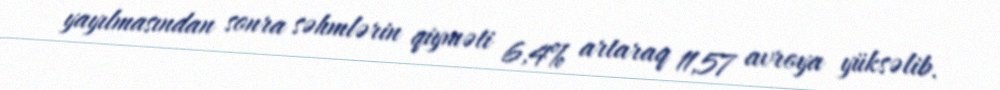
yayılmasından sonra səhmlərin qiyməti 6,4% artaraq 11,57 avroya yüksəlib.